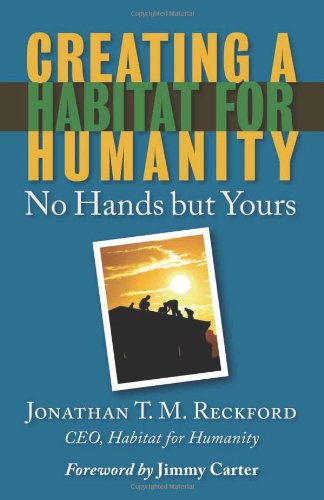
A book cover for Creating a Habitat for Humanity: No Hands But Yours; Jonathan T. M. Reckford; Business & Money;